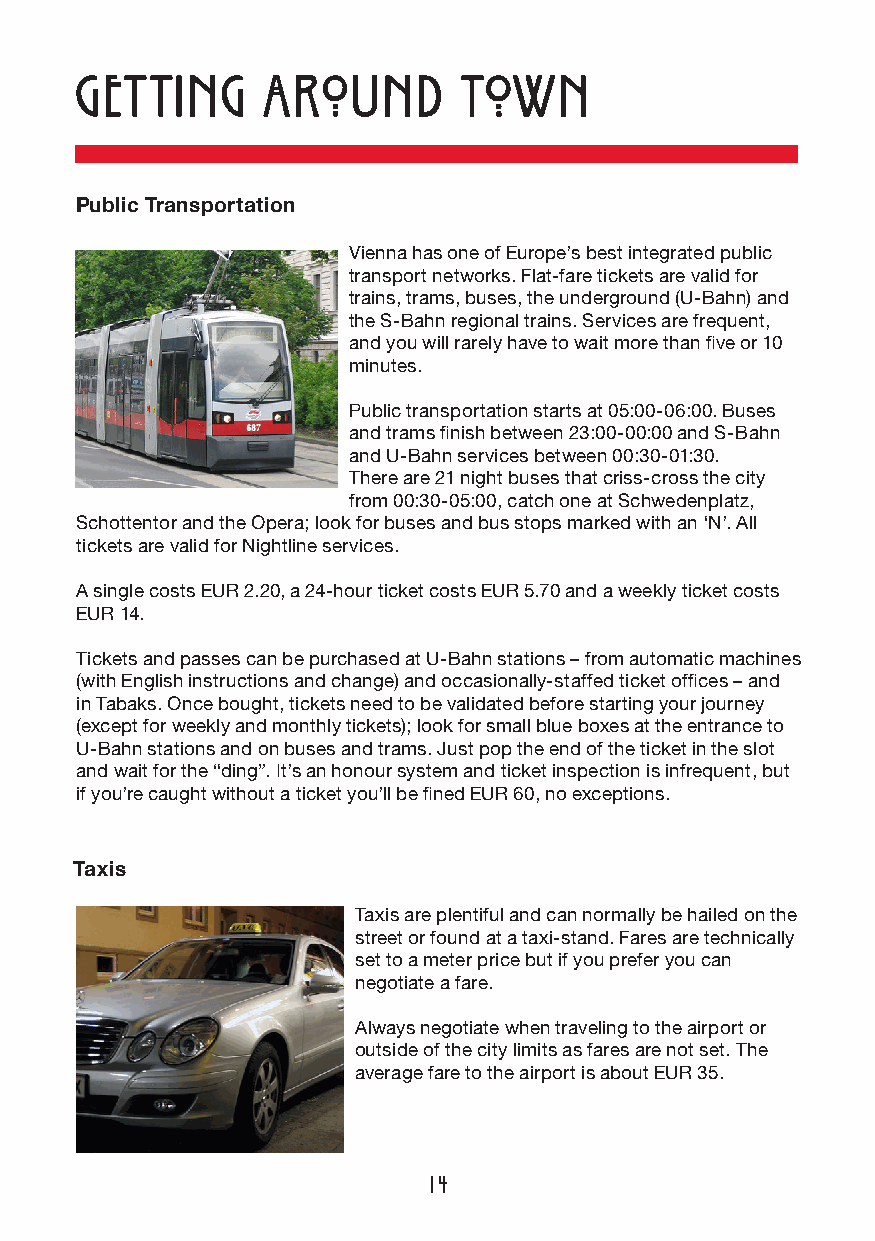
Getting     around       town
 Public Transportation
 Vienna has one of Europe’s best integrated public
 transport networks. Flat-fare tickets are valid for
 trains, trams, buses, the underground (U-Bahn) and
 the S-Bahn regional trains. Services are frequent,
 and you will rarely have to wait more than five or 10
 minutes.
 Public transportation starts at 05:00-06:00. Buses
 and trams finish between 23:00-00:00 and S-Bahn
 and U-Bahn ser vices between 00:30-01:30.
 There are 21 night buses that criss-cross the city
 from 00:30-05:00, catch one at Schwedenplatz,
 Schottentor and the Opera; look for buses and bus stops marked with an ‘N’. All
 tickets are valid for Nightline services.
 A single costs EUR 2.20, a 24-hour ticket costs EUR 5.70 and a weekly ticket costs
 EUR 14.
 Tickets and passes can be purchased at U-Bahn stations – from automatic machines
 (with English instructions and change) and occasionally-staffed ticket offices – and
 in Tabaks. Once bought, tickets need to be validated before starting your journey
 (except for weekly and monthly tickets); look for small blue boxes at the entrance to
 U-Bahn stations and on buses and trams. Just pop the end of the ticket in the slot
 and wait for the “ding”. It’s an honour system and ticket inspection is infrequent, but
 if you’re caught without a ticket you’ll be fined EUR 60, no exceptions.
 Taxis
 Taxis are plentiful and can normally be hailed on the
 street or found at a taxi-stand. Fares are technically
 set to a meter price but if you prefer you can
 negotiate a fare.
 Always negotiate when traveling to the airport or
 outside of the city limits as fares are not set. The
 average fare to the airport is about EUR 35.
 14